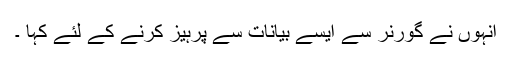
انہوں نے گورنر سے ایسے بیانات سے پرہیز کرنے کے لئے کہا ۔